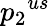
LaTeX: {p_{2}}^{us}